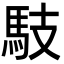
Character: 馶